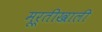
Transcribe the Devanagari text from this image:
मूर्तीखाली